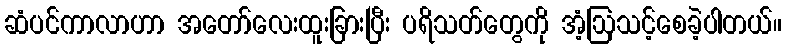
ဆံပင်ကာလာဟာ အတော်လေးထူးခြားပြီး ပရိသတ်တွေကို အံ့ဩသင့်စေခဲ့ပါတယ်။